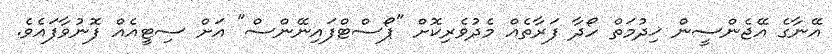
އޭނާގެ އޭޖެންސީން ޚިދުމަތް ހޯދާ ފަރާތެއް މެދުވެރިކޮށް "ޕޯސްޓްފައިނޭންސް" އަށް ސިޓީއެއް ފޮނުވާފައެވެ.